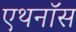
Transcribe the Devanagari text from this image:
एथनॉस